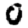
Digit: 0